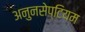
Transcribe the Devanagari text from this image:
अनुनसेप्टियम